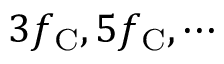
3 f _ { \mathrm { C } } , 5 f _ { \mathrm { C } } , \cdots